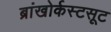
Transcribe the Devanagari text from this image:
ब्रांखोर्कस्टसूट